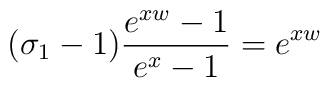
( \sigma_1 - 1 )  \frac{e^{x w} - 1}{e^x - 1} =  e^{x w}